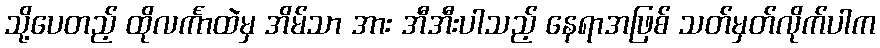
သို့ပေတည့် ထိုလင်္ကာထဲမှ အိမ်သာ အား အီအီးပါသည့် နေရာအဖြစ် သတ်မှတ်လိုက်ပါက